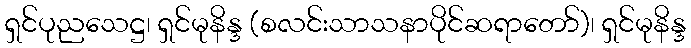
ရှင်ပုညသေဋ္ဌ၊ ရှင်မုနိန္ဒ (စလင်းသာသနာပိုင်ဆရာတော်)၊ ရှင်မုနိန္ဒ